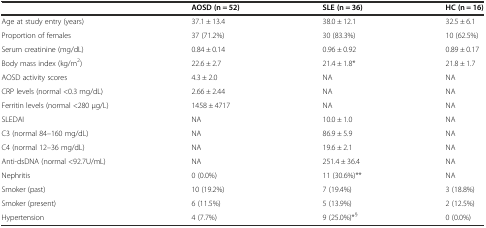
|  | AOSD (n = 52) | SLE (n = 36) | HC (n = 16) |
 | --- | --- | --- | --- |
 | Age at study entry (years) | 37.1 ± 13.4 | 38.0 ± 12.1 | 32.5 ± 6.1 |
 | Proportion of females | 37 (71.2%) | 30 (83.3%) | 10 (62.5%) |
 | Serum creatinine (mg/dL) | 0.84 ± 0.14 | 0.96 ± 0.92 | 0.89 ± 0.17 |
 | Body mass index (kg/m2) | 22.6 ± 2.7 | 21.4 ± 1.8* | 21.8 ± 1.7 |
 | AOSD activity scores | 4.3 ± 2.0 | NA | NA |
 | CRP levels (normal <0.3 mg/dL) | 2.66 ± 2.44 | NA | NA |
 | Ferritin levels (normal <280 μg/L) | 1458 ± 4717 | NA | NA |
 | SLEDAI | NA | 10.0 ± 1.0 | NA |
 | C3 (normal 84–160 mg/dL) | NA | 86.9 ± 5.9 | NA |
 | C4 (normal 12–36 mg/dL) | NA | 19.6 ± 2.1 | NA |
 | Anti-dsDNA (normal <92.7U/mL) | NA | 251.4 ± 36.4 | NA |
 | Nephritis | 0 (0.0%) | 11 (30.6%)** | NA |
 | Smoker (past) | 10 (19.2%) | 7 (19.4%) | 3 (18.8%) |
 | Smoker (present) | 6 (11.5%) | 5 (13.9%) | 2 (12.5%) |
 | Hypertension | 4 (7.7%) | 9 (25.0%)*§ | 0 (0.0%) |